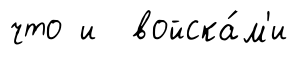
что и войска́м'и